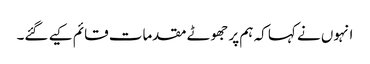
انہوں نے کہا کہ ہم پر جھوٹے مقدمات قائم کیے گئے۔